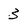
Character: 3